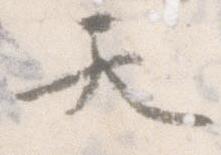
天